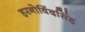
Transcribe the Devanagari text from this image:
हरगोविंदसिंह